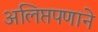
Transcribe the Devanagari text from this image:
अलिप्तपणाने